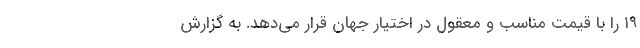
۱۹ را با قیمت مناسب و معقول در اختیار جهان قرار می‌دهد. به گزارش